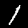
Digit: 1